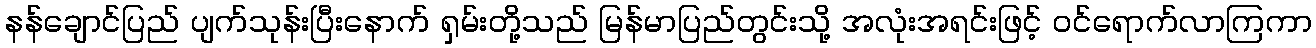
နန်ချောင်ပြည် ပျက်သုန်းပြီးနောက် ရှမ်းတို့သည် မြန်မာပြည်တွင်းသို့ အလုံးအရင်းဖြင့် ဝင်ရောက်လာကြကာ